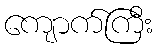
ကျောက်ကြီး